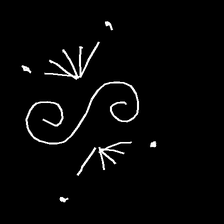
Glyph: aeroform